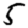
Digit: 5